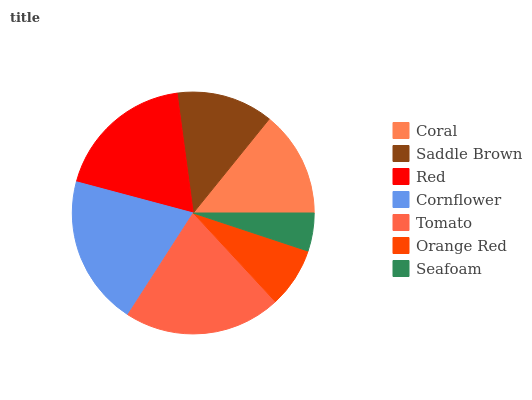
| Coral | Saddle Brown | Red | Cornflower | Tomato | Orange Red | Seafoam |
 | --- | --- | --- | --- | --- | --- | --- |
 | 14.2% | 12.9% | 18.8% | 20% | 21% | 8.02% | 5.09% |